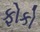
ફોકો